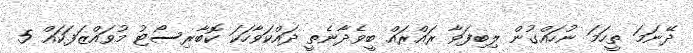
ދޭނަމަ ތީހަމަ ނުހައްގުން ލިބިފަވާ ރައްރައް ބީވެދާނެތީ ދައްކަވާހަކަ ކޮބާރިސޯޓު މުވައްޒަފަކައް 5